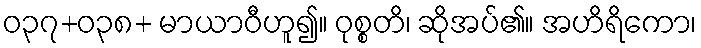
ဝ၃၇+၀၃၈+ မာယာဝီဟူ၍။ ဝုစ္စတိ၊ ဆိုအပ်၏။ အဟိရိကော၊